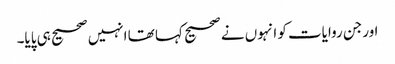
اورجن روایات کو انہوں نے صحیح کہا تھا انہیں صحیح ہی پایا۔